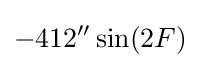
-412''\sin(2F)